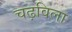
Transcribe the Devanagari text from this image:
चढ़विला